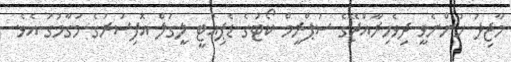
މާޖިދު ހުންނެވީ ދިވެހިރާއްޖޭގެ ސުޕްރީމް ކޯޓުގެ ޑެޕިއުޓީ ލީގަލް އޮފިސަރުގެ މަގާމުގަ އެވެ.